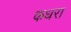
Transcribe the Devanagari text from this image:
कधरा